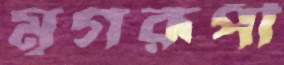
মৃগরূপী